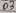
Text: D3